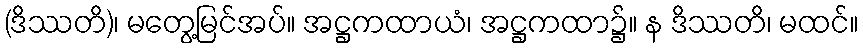
(ဒိဿတိ)၊ မတွေ့မြင်အပ်။ အဋ္ဌကထာယံ၊ အဋ္ဌကထာ၌။ န ဒိဿတိ၊ မထင်။